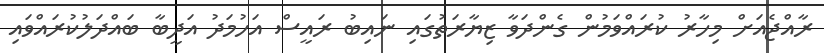
ރާއްޖެއަށް މިހާރު ކުރައްވަމުން ގެންދަވާ ޒިޔާރަތުގައި ނައިބު ރައީސް އަހުމަދު އަދީބާ ބައްދަލުކުރައްވައި